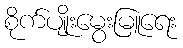
စိုက်ပျိုးမွေးမြူရေး